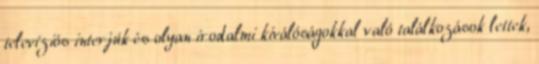
televíziós interjúk és olyan irodalmi kiválóságokkal való találkozások lettek,